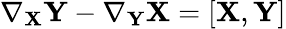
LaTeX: \nabla_{\mathbf{X}}\mathbf{Y}-\nabla_{\mathbf{Y}}\mathbf{X}=[\mathbf{X},\mathbf{Y}]